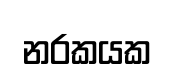
නරකයක